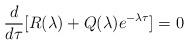
LaTeX: \begin{align*}\frac{d}{d\tau}[R(\lambda)+Q(\lambda)e^{-\lambda\tau}]=0\end{align*}